Report of the Imperial Institute of Veterinary Research, Muktesar
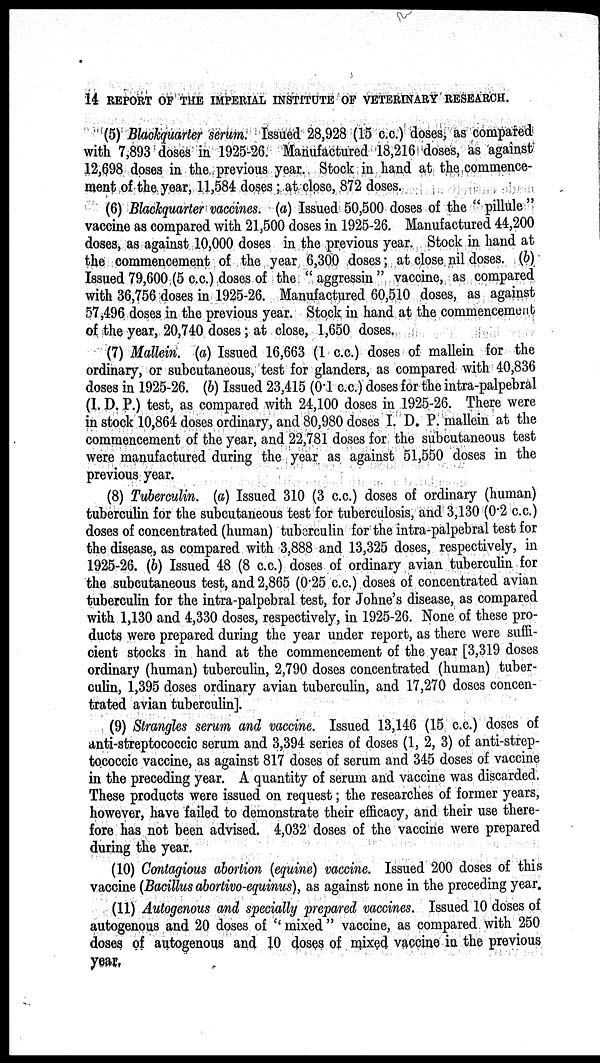
14 REPORT OF THE IMPERIAL INSTITUTE OF VETERINARY RESEARCH.
(5) Blackquarter serum. Issued 28,928 (15 c.c.) doses, as compared
with 7,893 doses in 1925-26. Manufactured 18,216 doses, as against
12,698 doses in the previous year. Stock in hand at the commence-
ment of the year, 11,584 doses ; at close, 872 doses.
(6) Blackquarter vaccines. (a) Issued 50,500 doses of the " pillule "
vaccine as compared with 21,500 doses in 1925-26. Manufactured 44,200
doses, as against 10,000 doses in the previous year. Stock in hand at
the commencement of the year 6,300 doses; at close nil doses. (b)
Issued 79,600 (5 c.c.) doses of the " aggressin " vaccine, as compared
with 36,756 doses in 1925-26. Manufactured 60,510 doses, as against
57,496 doses in the previous year. Stock in hand at the commencement
of the year, 20,740 doses; at close, 1,650 doses.
(7) Mallein. (a) Issued 16,663 (1 c.c.) doses of mallein for the
ordinary, or subcutaneous, test for glanders, as compared with 40,836
doses in 1925-26. (b) Issued 23,415 (0.1 c.c.) doses for the intra-palpebral
(I. D. P.) test, as compared with 24,100 doses in 1925-26. There were
in stock 10,864 doses ordinary, and 80,980 doses I. D. P. mallein at the
commencement of the year, and 22,781 doses for the subcutaneous test
were manufactured during the year as against 51,550 doses in the
previous year.
(8) Tuberculin. (a) Issued 310 (3 c.c.) doses of ordinary (human)
tuberculin for the subcutaneous test for tuberculosis, and 3,130 (0.2 c.c.)
doses of concentrated (human) tuberculin for the intra-palpebral test for
the disease, as compared with 3,888 and 13,325 doses, respectively, in
1925-26. (b) Issued 48 (8 c.c.) doses of ordinary avian tuberculin for
the subcutaneous test, and 2,865 (0.25 c.c.) doses of concentrated avian
tuberculin for the intra-palpebral test, for Johne's disease, as compared
with 1,130 and 4,330 doses, respectively, in 1925-26. None of these pro-
ducts were prepared during the year under report, as there were suffi-
cient stocks in hand at the commencement of the year [3,319 doses
ordinary (human) tuberculin, 2,790 doses concentrated (human) tuber-
culin, 1,395 doses ordinary avian tuberculin, and 17,270 doses concen-
trated avian tuberculin].
(9) Strangles serum and vaccine. Issued 13,146 (15 c.c.) doses of
anti-streptococcic serum and 3,394 series of doses (1, 2, 3) of anti-strep-
tococcic vaccine, as against 817 doses of serum and 345 doses of vaccine
in the preceding year. A quantity of serum and vaccine was discarded.
These products were issued on request; the researches of former years,
however, have failed to demonstrate their efficacy, and their use there-
fore has not been advised. 4,032 doses of the vaccine were prepared
during the year.
(10) Contagious abortion (equine) vaccine. Issued 200 doses of this
vaccine (Bacillus abortivo-equinus), as against none in the preceding year.
(11) Autogenous and specially prepared vaccines. Issued 10 doses of
autogenous and 20 doses of " mixed " vaccine, as compared with 250
doses of autogenous and 10 doses of mixed vaccine in the previous
year.